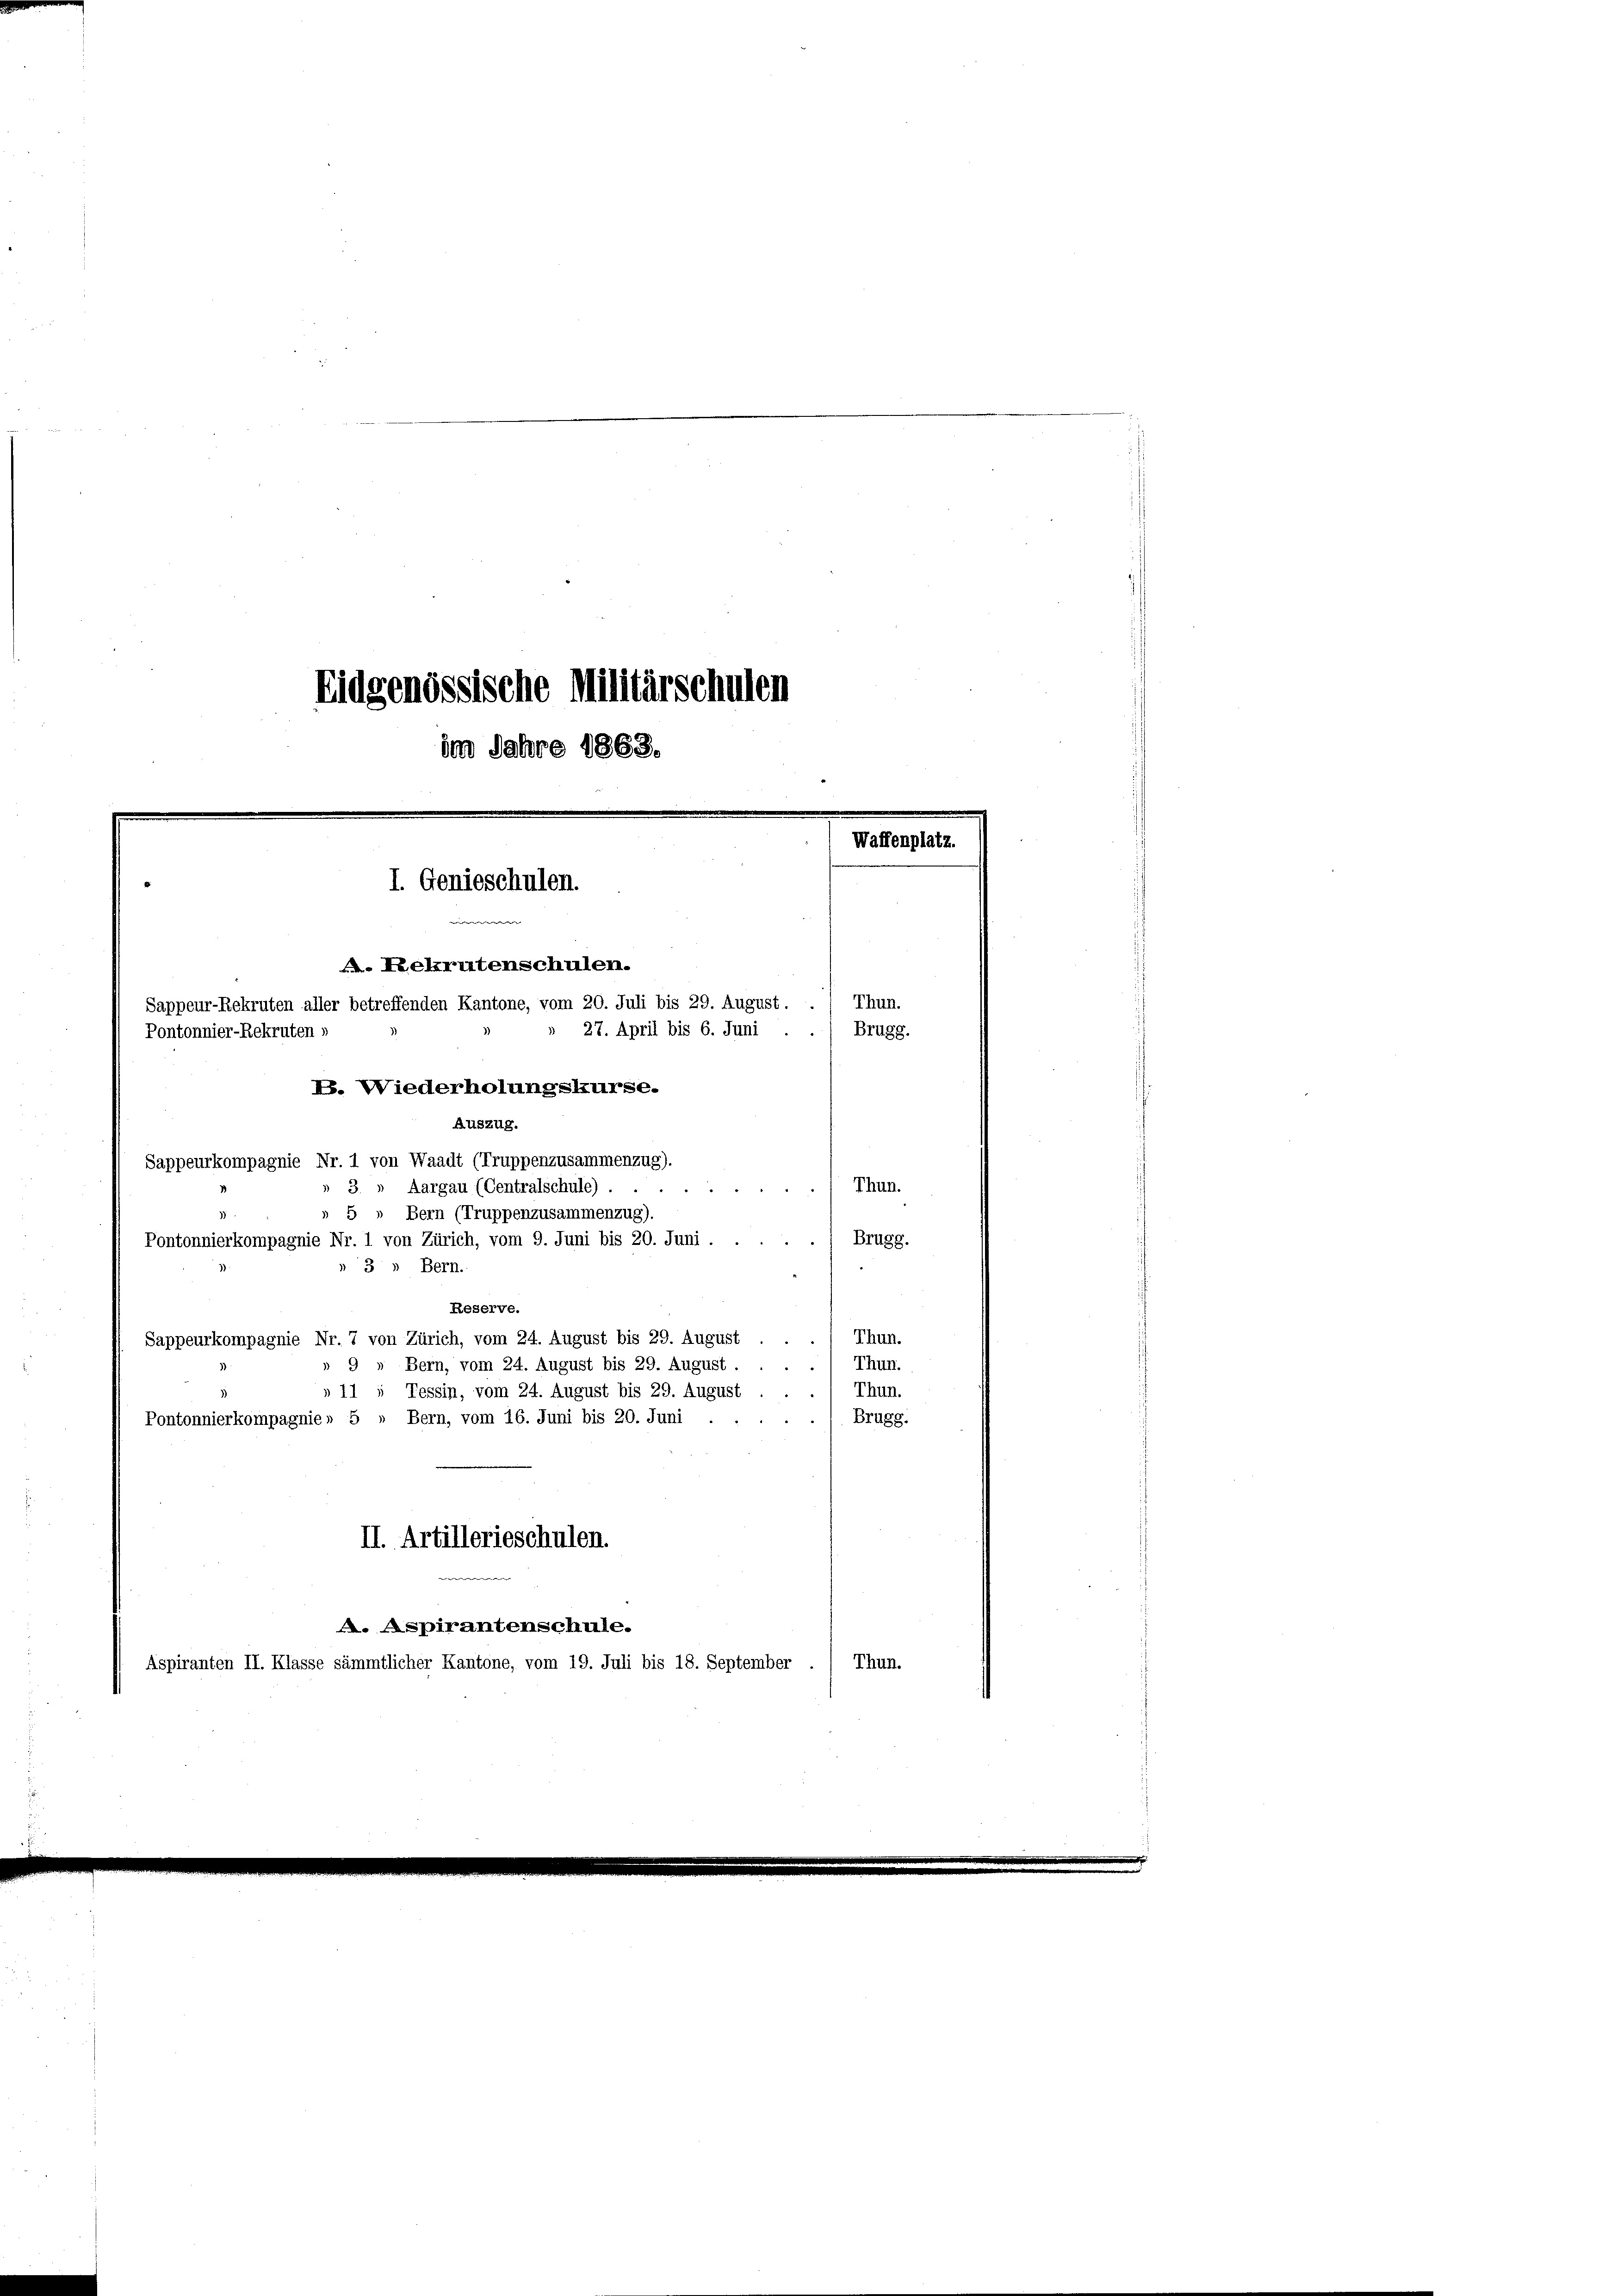
Eidgenössische Militärschulen
im Jahre 1868.
Waffenplatz.
I. Genieschulen.
w
Kelrutenschulen.
Thun.
Sappeur-Rekruten aller betreffenden Kantone, vom 20. Juli bis 29. August.
27. April bis 6. Juni
Pontonnier-Rekruten,
Brugg.
Es. Wiederholungskurse.
Auszug.
Sappeurkompagnie Nr. 1 von Waadt (Truppenzusammenzug).

3. " Aargau (Centralschule)
5 » Bern (Truppenzusammenzug).
Pontonnierkompagnie Nr. 1 von Zürich, vom 9. Juni bis 20. Juni.
 3 „ Bern.
Reserve.
Sappeurkompagnie Nr. 7 von Zürich, vom 24. August bis 29. August . . . 1 Thun.
» 9 » Bern, vom 24. August bis 29. August.
» 11 ; Tessin, vom 24. August bis 29. August
Pontonnierkompagnie » 5 » Bern, vom 16. Juni bis 20. Juni
II. Artillerieschulen.
w
A. Aspirantenschule.
Aspiranten II. Klasse sämmtlicher Kantone, vom 19. Juli bis 18. September
Thun.

Brugg.

Thun.
Thun.
Brugg.

Thun.